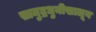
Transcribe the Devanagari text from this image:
सामुद्रधुनीखालून